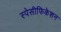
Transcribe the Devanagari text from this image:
स्पेसीफिकेशन